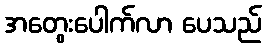
အတွေးပေါက်လာ ပေသည်